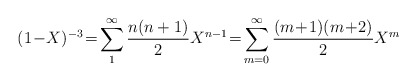
\begin{align*}(1\!-\! X)^{-3}\!=\!\sum_{1}^{\infty}\frac{n(n+1)}{2}X^{n-1}\! =\!\sum_{m=0}^{\infty}\frac{(m\!+\!1)(m\!+\!2)}{2}X^{m}\end{align*}